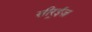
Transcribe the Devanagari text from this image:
सीर्‍ईज़